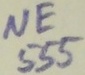
Text: NE555